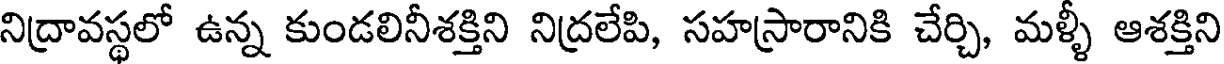
నిద్రావస్థలో ఉన్న కుండలినీశక్తిని నిద్రలేపి, సహస్రారానికి చేర్చి, మళ్ళీ ఆశక్తిని